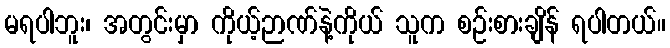
မရပါဘူး၊ အတွင်းမှာ ကိုယ့်ဉာဏ်နဲ့ကိုယ် သူက စဉ်းစားချိန် ရပါတယ်။